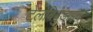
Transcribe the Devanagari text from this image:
टेलबिवुडाइन